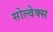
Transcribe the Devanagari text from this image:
सोल्वेक्स